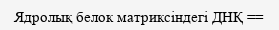
Ядролық белок матриксіндегі ДНҚ ==